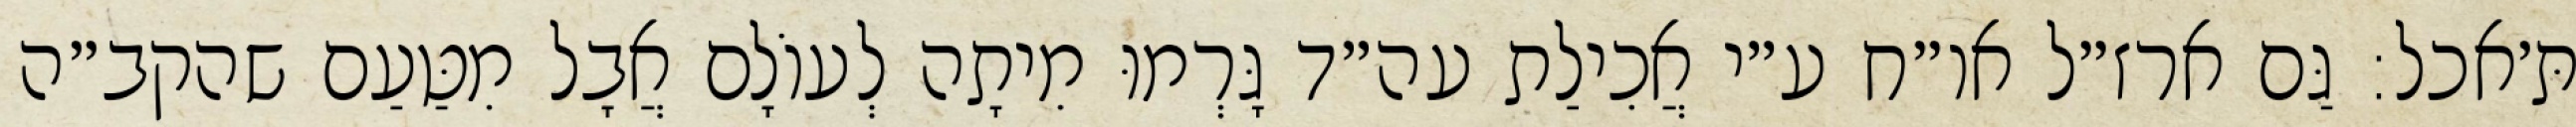
תּ׳אכל: גַּם ארז״ל או״ח ע״י אֲכִילַת עה״ד גָּרְמוּ מִיתָה לְעוֹלָם אֲבָל מִטַּעַם שהקב״ה